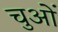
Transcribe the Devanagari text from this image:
चुओं